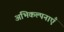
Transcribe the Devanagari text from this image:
अभिकल्पनाएँ